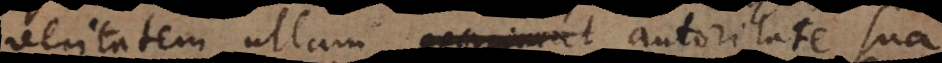
veritatem ullam autoritate sua